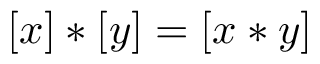
[ x ] \ast [ y ] = [ x \ast y ]